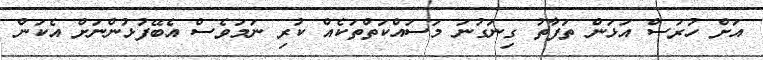
އަށް ހުރަސް އަޅަން ތަފާތު ގިނަގުނަ މަސައްކަތްތަކެއް ކުރި ނަމަވެސް އެބޭފުޅުންނަށް އެކަން